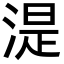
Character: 湜